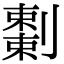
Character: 𠠅